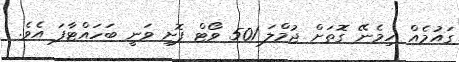
ގައުމެއް ހިމެނޭ ގޮތަށް ޖުމްލަ 501 ވޯޓް ފޮށި ވަނީ ބަހައްޓާފަ އެވެ.